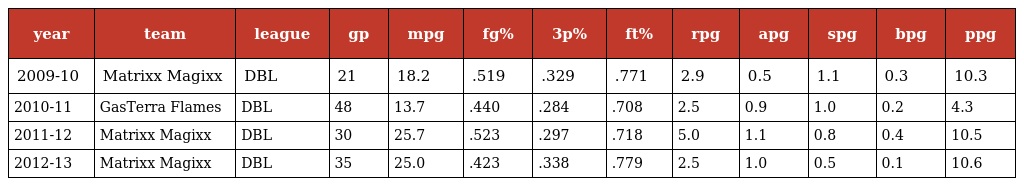
| year | team | league | gp | mpg | fg% | 3p% | ft% | rpg | apg | spg | bpg | ppg |
 | --- | --- | --- | --- | --- | --- | --- | --- | --- | --- | --- | --- | --- |
 | 2009-10 | Matrixx Magixx | DBL | 21 | 18.2 | .519 | .329 | .771 | 2.9 | 0.5 | 1.1 | 0.3 | 10.3 |
 | 2010-11 | GasTerra Flames | DBL | 48 | 13.7 | .440 | .284 | .708 | 2.5 | 0.9 | 1.0 | 0.2 | 4.3 |
 | 2011-12 | Matrixx Magixx | DBL | 30 | 25.7 | .523 | .297 | .718 | 5.0 | 1.1 | 0.8 | 0.4 | 10.5 |
 | 2012-13 | Matrixx Magixx | DBL | 35 | 25.0 | .423 | .338 | .779 | 2.5 | 1.0 | 0.5 | 0.1 | 10.6 |